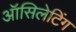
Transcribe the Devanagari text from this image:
ऑसिलेटिंग